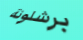
برشلونة